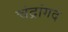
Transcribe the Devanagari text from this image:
चंद्रांगद